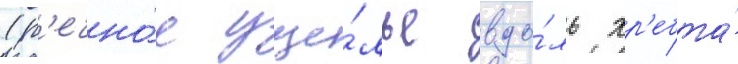
(р'ечно́е уще́лье вдо́ль хр'ебта́